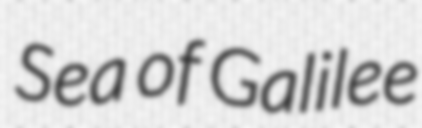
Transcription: Sea of Galilee